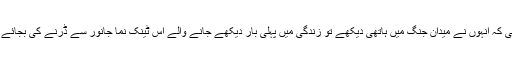
یہ ان کی شجاعت اور دلیری ہی تھی کہ انہوں نے میدان جنگ میں ہاتھی دیکھے تو زندگی میں پہلی بار دیکھے جانے والے اس ٹینک نما جانور سے ڈرنے کی بجائے وہ اس سے بھی نبرد آزما ہوگئے ۔